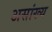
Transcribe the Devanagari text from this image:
असांख्य